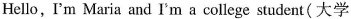
Hello,I'm Maria and I'm a college student(大学